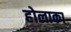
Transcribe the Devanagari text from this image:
होलाका